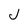
Character: J